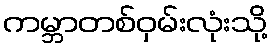
ကမ္ဘာတစ်ဝှမ်းလုံးသို့